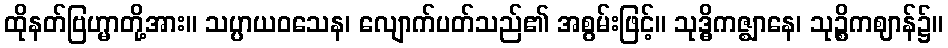
ထိုနတ်ဗြဟ္မာတို့အား။ သပ္ပာယဝသေန၊ လျောက်ပတ်သည်၏ အစွမ်းဖြင့်။ သုဒ္ဓိကဇ္ဈာနေ၊ သုဉ္စိကဈာန်၌။